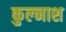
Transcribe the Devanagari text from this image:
कुल्नाश